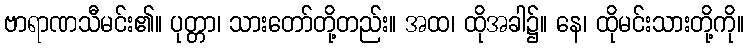
ဗာရာဏသီမင်း၏။ ပုတ္တာ၊ သားတော်တို့တည်း။ အထ၊ ထိုအခါ၌။ နေ၊ ထိုမင်းသားတို့ကို။